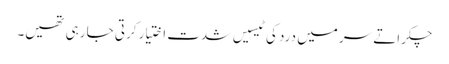
چکراتے سر میں درد کی ٹیسیں شدت اختیار کرتی جا رہی تھیں۔